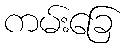
ကမ်းခြေ